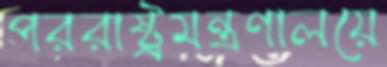
পররাষ্ট্রমন্ত্রণালয়ে